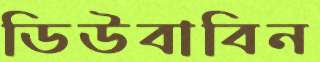
ডিউবাবিন